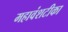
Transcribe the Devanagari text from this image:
महावंशटीका